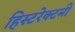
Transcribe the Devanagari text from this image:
हिस्टरेक्टमी